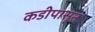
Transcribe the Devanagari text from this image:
कडीपासून